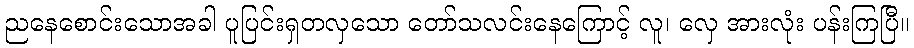
ညနေစောင်းသောအခါ ပူပြင်းရှတလှသော တော်သလင်းနေကြောင့် လူ၊ လှေ အားလုံး ပန်းကြပြီ။